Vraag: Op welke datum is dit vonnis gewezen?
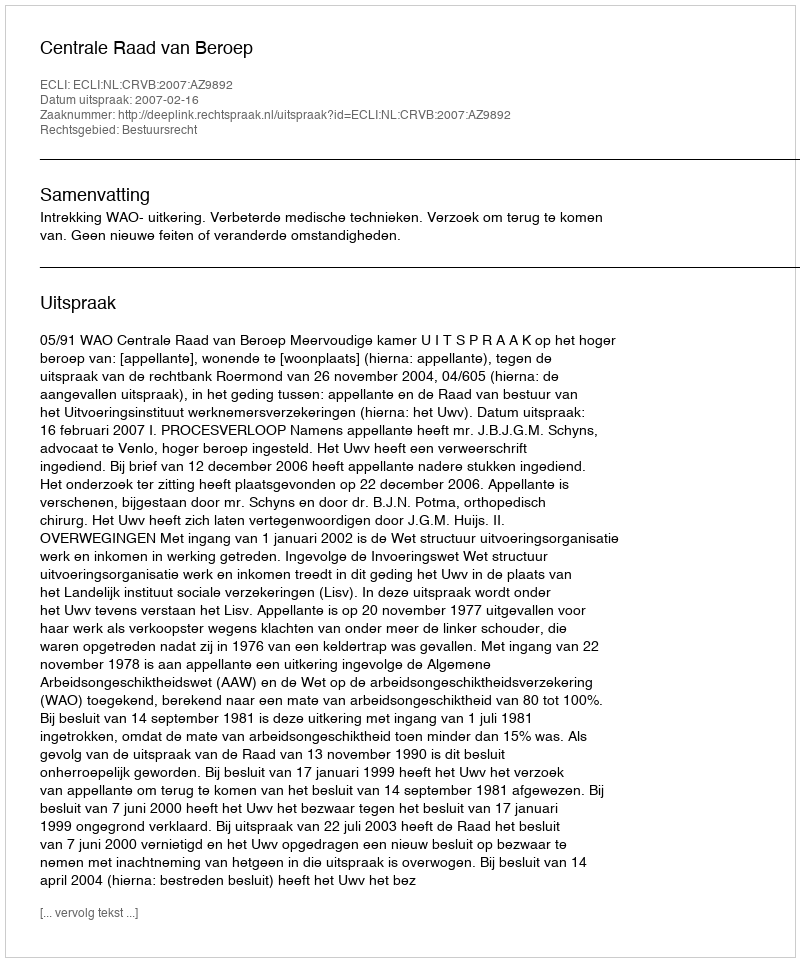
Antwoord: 2007-02-16